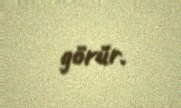
görür.